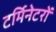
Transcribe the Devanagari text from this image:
टर्मिनेटरों